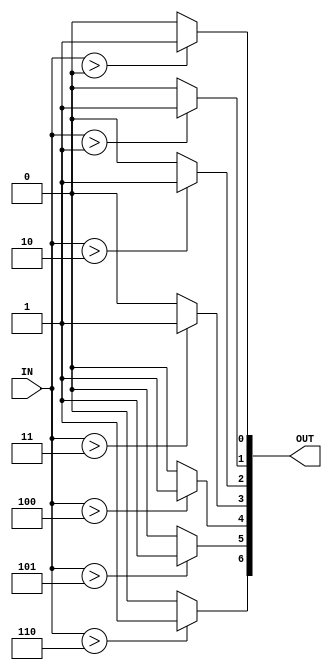
//Max Howald
//bin2th example.

`timescale 1 ns / 10 ps
module bin2th ( IN, OUT );
   
   parameter INWIDTH = 3;
   parameter OUTWIDTH = (1 << INWIDTH ) - 1;
   input [INWIDTH-1:0] IN;
   output [OUTWIDTH-1:0] OUT;
   
   generate
      genvar i;
      for ( i = 0; i <= OUTWIDTH-1; i = i+1 )
        begin : mainblock
           assign OUT[i] = ( IN > i ) ? 1'b1 : 1'b0;
        end // mainblock
   endgenerate
   
endmodule